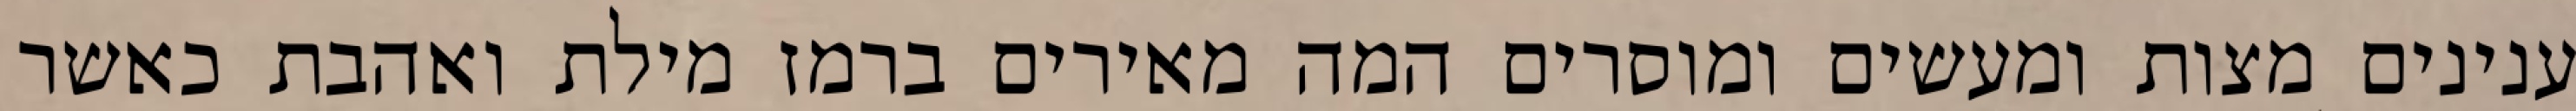
ענינים מצות ומעשים ומוסרים המה מאירים ברמז מילת ואהבת כאשר